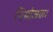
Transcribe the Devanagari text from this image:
नियोजक।